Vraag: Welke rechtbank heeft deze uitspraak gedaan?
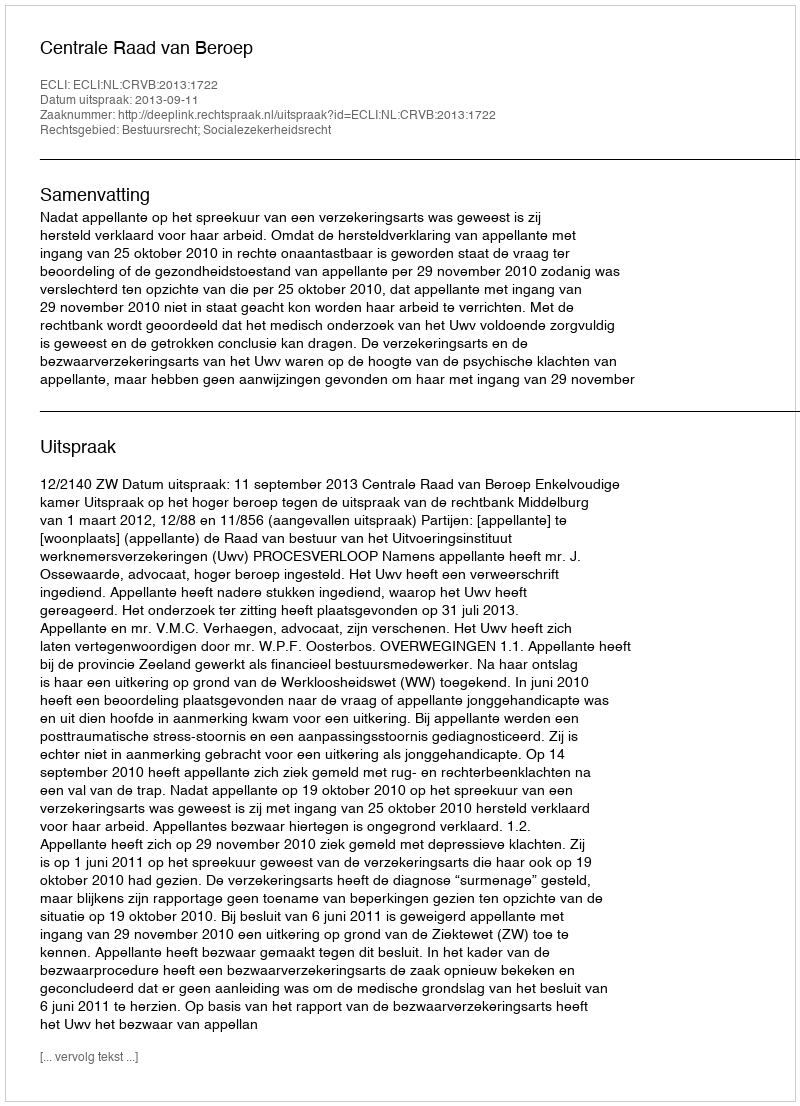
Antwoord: Centrale Raad van Beroep